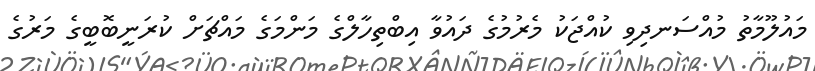
މައުލޫމާތު މުއްސަނދިވި ކުއްޖަކު މެރުމުގެ ދައުވާ އިބްތިހާލްގެ މަންމަގެ މައްޗަށް ކުރަނީބޮބީގެ މަރުގެ